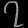
Digit: ၇